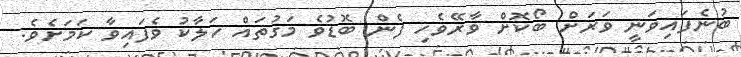
ބުނެފައިވަނީ ވަރަށް ބޯކޮށް ވާރޭވެހި ފެން ބޮޑުވެ މަގުތައް ހަލާކު ވެފައިވާ ކަމަށެވެ.